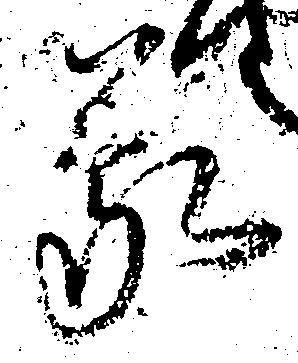
蒙